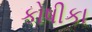
કોષીકા